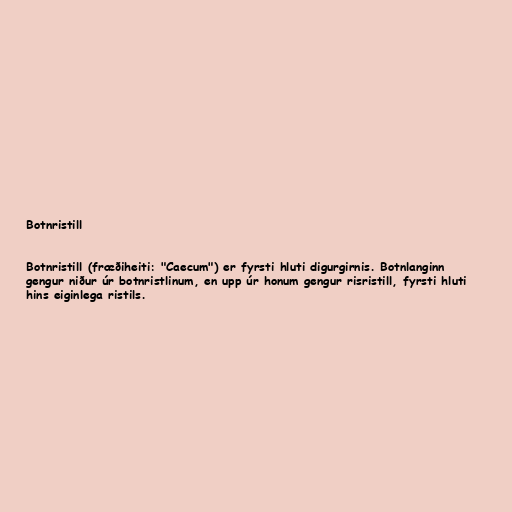
Botnristill

Botnristill (fræðiheiti: "Caecum") er fyrsti hluti digurgirnis. Botnlanginn
gengur niður úr botnristlinum, en upp úr honum gengur risristill, fyrsti hluti
hins eiginlega ristils.